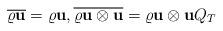
LaTeX: \begin{align*}\overline{\varrho\mathbf{u}}=\varrho\mathbf{u},\overline{\varrho\mathbf{u}\otimes\mathbf{u}}=\varrho\mathbf{u}\otimes\mathbf{u} Q_T\end{align*}